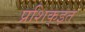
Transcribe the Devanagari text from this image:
प्रशिक्इत